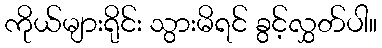
ကိုယ်များရိုင်း သွားမိရင် ခွင့်လွှတ်ပါ။